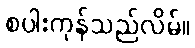
စပါးကုန်သည်လိမ်။